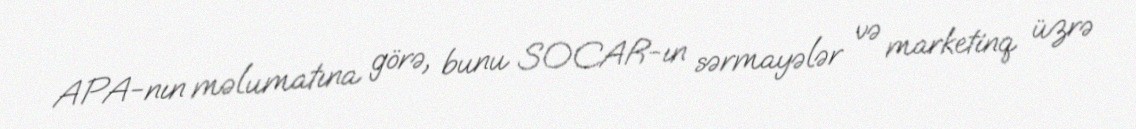
APA-nın məlumatına görə, bunu SOCAR-ın sərmayələr və marketinq üzrə